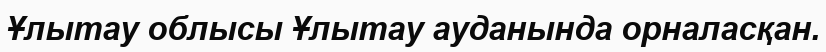
Ұлытау облысы Ұлытау ауданында орналасқан.